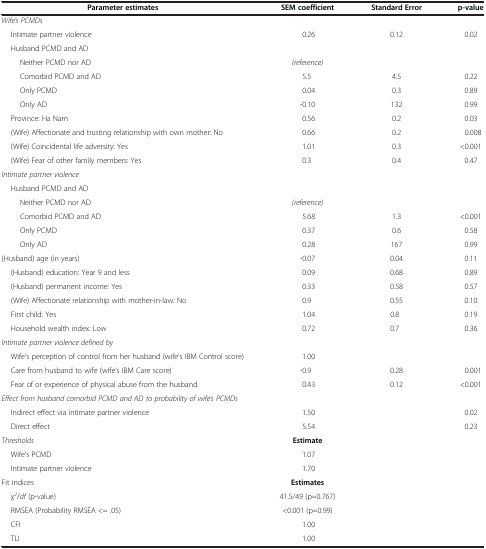
| Parameter estimates | SEM coefficient | Standard Error | p-value |
 | --- | --- | --- | --- |
 | Wife’s PCMDs |  |  |  |
 | Intimate partner violence | 0.26 | 0.12 | 0.02 |
 | Husband PCMD and AD |  |  |  |
 | Neither PCMD nor AD | (reference) |  |  |
 | Comorbid PCMD and AD | 5.5 | 4.5 | 0.22 |
 | Only PCMD | 0.04 | 0.3 | 0.89 |
 | Only AD | -0.10 | 132 | 0.99 |
 | Province: Ha Nam | 0.56 | 0.2 | 0.03 |
 | (Wife) Affectionate and trusting relationship with own mother: No | 0.66 | 0.2 | 0.008 |
 | (Wife) Coincidental life adversity: Yes | 1.01 | 0.3 | <0.001 |
 | (Wife) Fear of other family members: Yes | 0.3 | 0.4 | 0.47 |
 | Intimate partner violence |  |  |  |
 | Husband PCMD and AD |  |  |  |
 | Neither PCMD nor AD | (reference) |  |  |
 | Comorbid PCMD and AD | 5.68 | 1.3 | <0.001 |
 | Only PCMD | 0.37 | 0.6 | 0.58 |
 | Only AD | 0.28 | 167 | 0.99 |
 | (Husband) age (in years) | -0.07 | 0.04 | 0.11 |
 | (Husband) education: Year 9 and less | 0.09 | 0.68 | 0.89 |
 | (Husband) permanent income: Yes | 0.33 | 0.58 | 0.57 |
 | (Wife) Affectionate relationship with mother-in-law: No | 0.9 | 0.55 | 0.10 |
 | First child: Yes | 1.04 | 0.8 | 0.19 |
 | Household wealth index: Low | 0.72 | 0.7 | 0.36 |
 | Intimate partner violence defined by |  |  |  |
 | Wife’s perception of control from her husband (wife’s IBM Control score) | 1.00 |  |  |
 | Care from husband to wife (wife’s IBM Care score) | -0.9 | 0.28 | 0.001 |
 | Fear of or experience of physical abuse from the husband | 0.43 | 0.12 | <0.001 |
 | Effect from husband comorbid PCMD and AD to probability of wife’s PCMDs |  |  |  |
 | Indirect effect via intimate partner violence | 1.50 |  | 0.02 |
 | Direct effect | 5.54 |  | 0.23 |
 | Thresholds | Estimate |  |  |
 | Wife’s PCMD | 1.07 |  |  |
 | Intimate partner violence | 1.70 |  |  |
 | Fit indices | Estimates |  |  |
 | χ2/df (p-value) | 41.5/49 (p=0.767) |  |  |
 | RMSEA (Probability RMSEA <= .05) | <0.001 (p=0.99) |  |  |
 | CFI | 1.00 |  |  |
 | TLI | 1.00 |  |  |